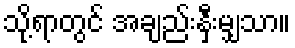
သို့ရာတွင် အချည်းနှီးမျှသာ။